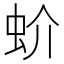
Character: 蚧